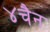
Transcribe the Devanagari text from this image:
४चैन